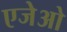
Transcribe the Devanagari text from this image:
एजेओ